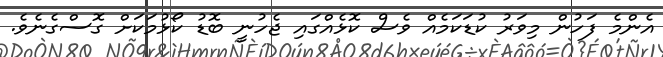
އެންމެ ފަހުން މިވަރު ކުޑަކަމެއް ވެސް ކޮޅެއްގައި ޖެހުނީ ބޮޑު ކޯޅުމަކަށް ގޮސްގެނެވެ.